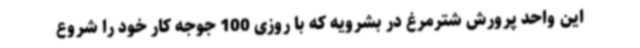
این واحد پرورش شترمرغ در بشرویه که با روزی 100 جوجه کار خود را شروع